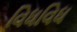
વિધવિધ